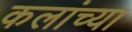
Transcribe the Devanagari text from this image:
कलांच्‍या